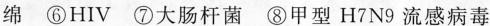
绵 ⑥HIV ⑦大肠杆菌 ⑧甲型H7N9 流感病毒